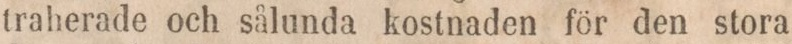
traherade och sålunda kostnaden för den stora